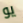
يو